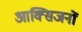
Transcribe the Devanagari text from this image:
आक्सिजनों